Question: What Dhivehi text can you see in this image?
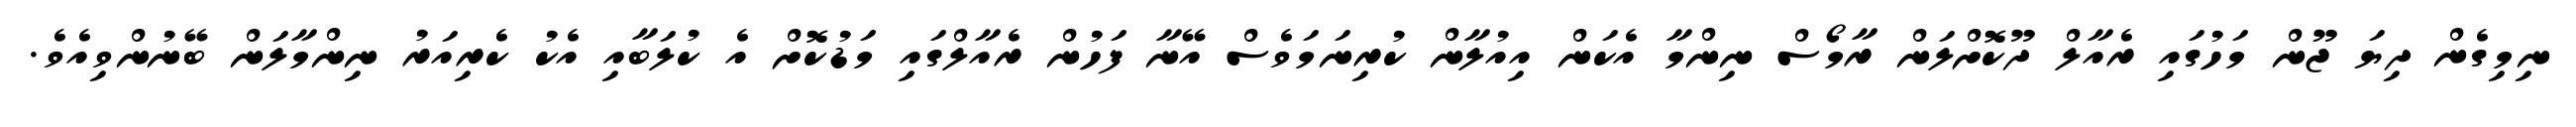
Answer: ނިމިގެން ދިޔަ ޖޫން މަހުގައި ރެއާލް ދޫކޮށްލަން ރާމޯސް ނިންމާ އެކަން އިއުލާން ކުރިނަމަވެސް އޭނާ ފަހުން ރެއާލްގައި މަޑުކޮށް އެ ކުލަބާއި އެކު ކެރިއަރު ނިންމާލަން ބޭނުންވިއެވެ.